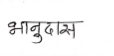
मजकूर: भानुदास